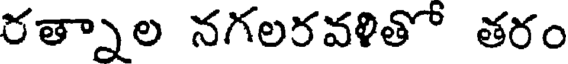
రత్నాల నగలరవళితో తరం